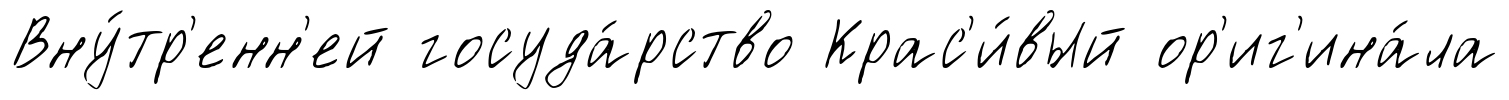
Вну́тр'енн'ей госуда́рство Крас'и́вый ор'иг'ина́ла